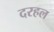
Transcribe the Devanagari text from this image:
दरहल